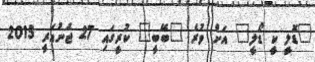
"ޑޮލީ ކީ ޑޯލީ" އަށް ވުރެ "ބޭބީ" ކުރީގައި 27 ޖެނުއަރީ 2015